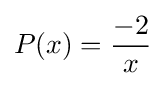
P(x)={\frac {-2}{x}}